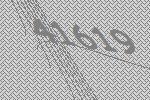
41619